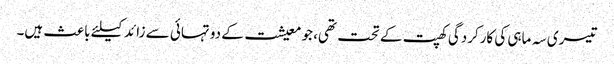
تیسری سہ ماہی کی کارکردگی کھپت کے تحت تھی، جو معیشت کے دو تہائی سے زائد کیلئے باعث ہیں۔